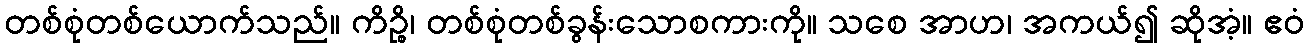
တစ်စုံတစ်ယောက်သည်။ ကိဉ္စိ၊ တစ်စုံတစ်ခွန်းသောစကားကို။ သစေ အာဟ၊ အကယ်၍ ဆိုအံ့။ ဧဝံ